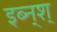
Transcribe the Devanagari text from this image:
इब्न्‌श्